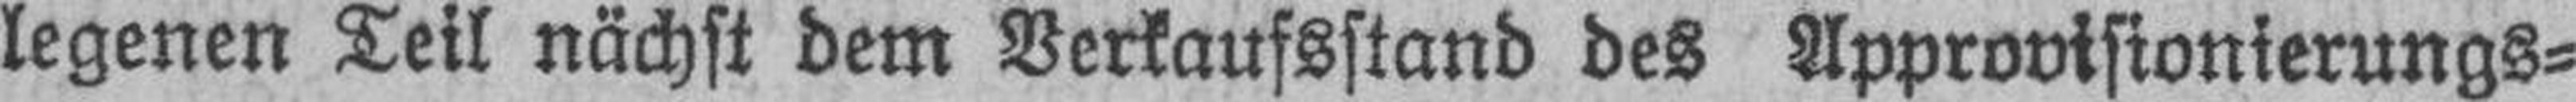
legenen Teil nächst dem Verkaufsstand des Approvisionierungs¬